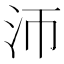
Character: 沞